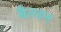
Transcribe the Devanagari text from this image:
बैलडन